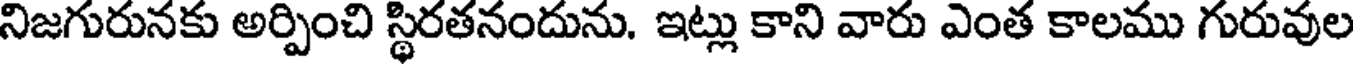
నిజగురునకు అర్పించి స్థిరతనందును. ఇట్లు కాని వారు ఎంత కాలము గురువుల